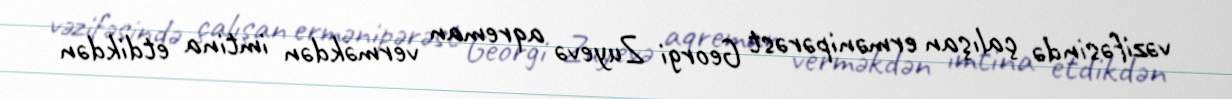
vəzifəsində çalışan ermənipərəst Georgi Zuyevə aqreman verməkdən imtina etdikdən